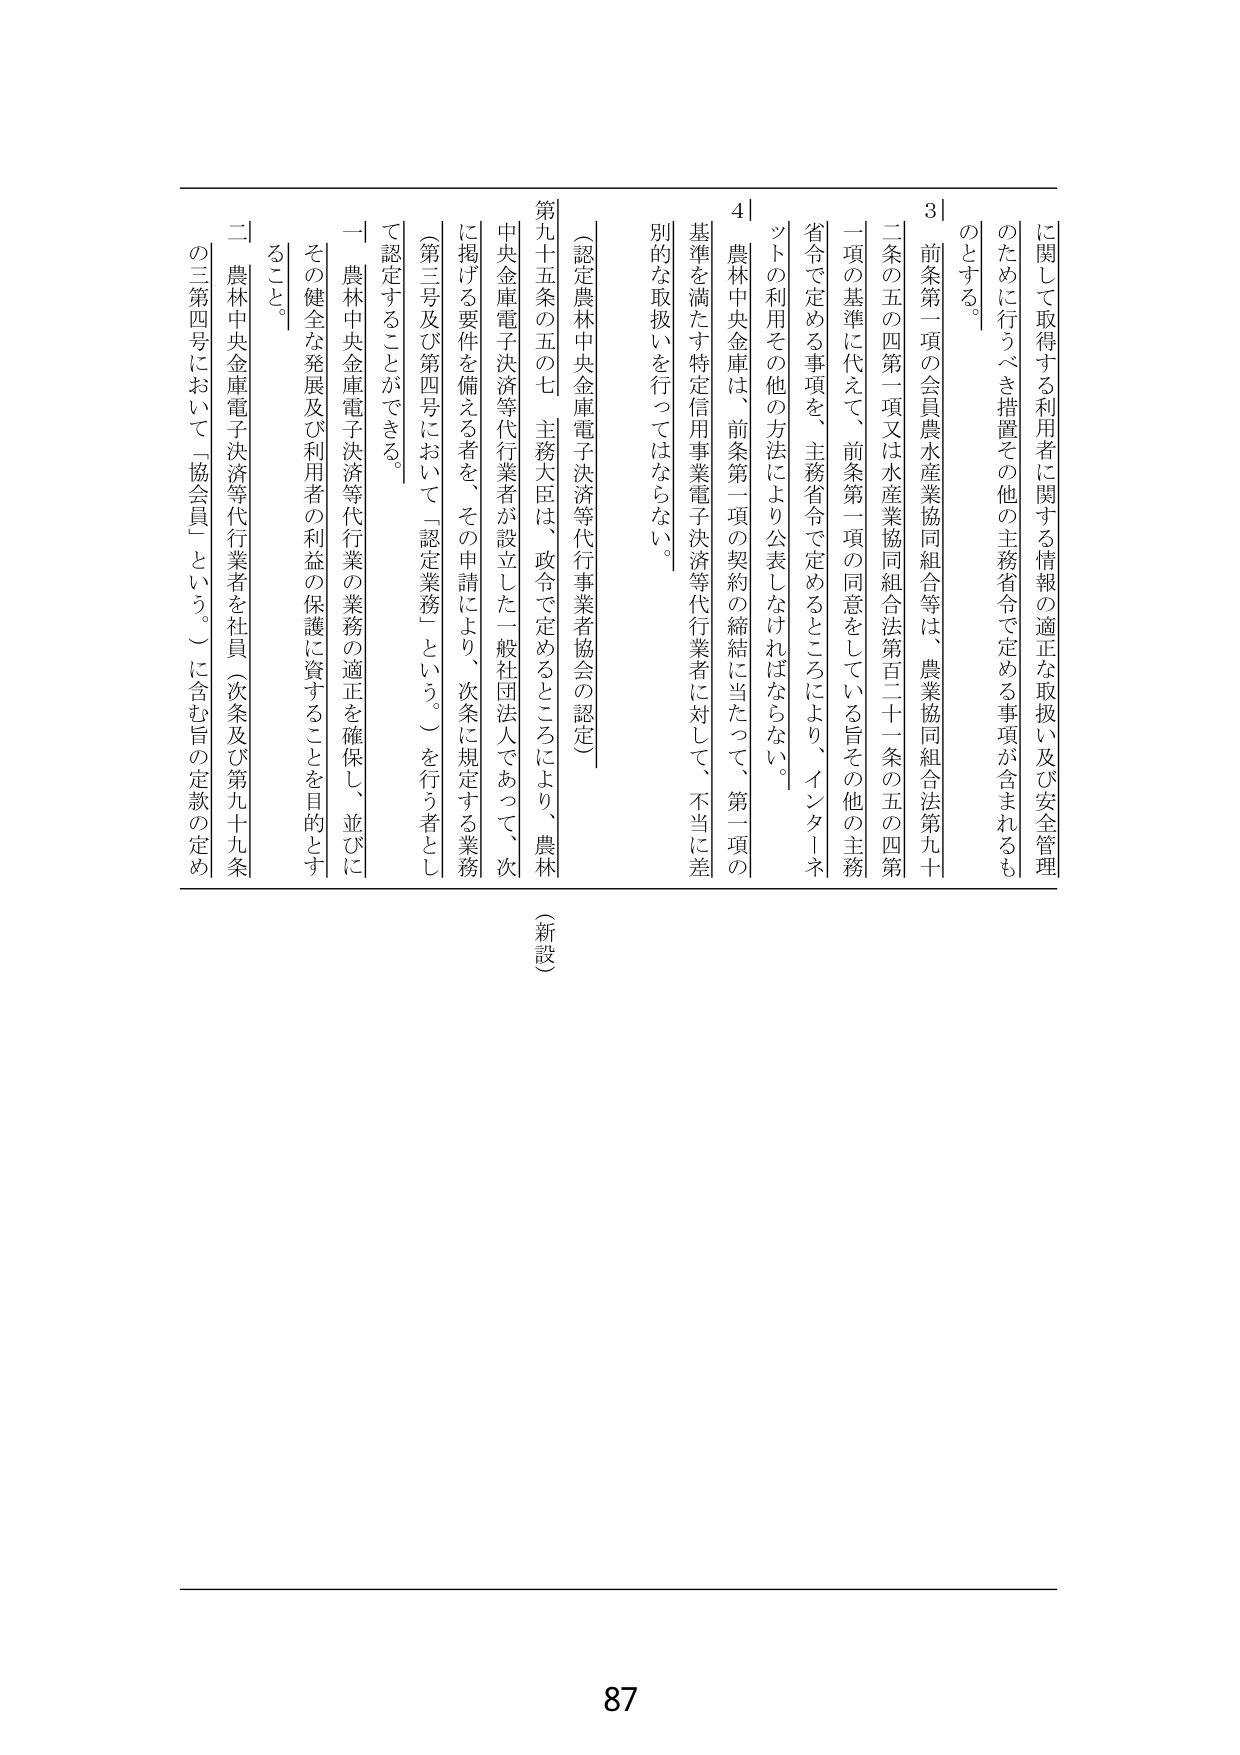
に関する利用者に関する情報の適正な取扱い及び安全管理のために行うべき措置その他の主務省令で定める事項が含まれるものとする。

3｜前条第一項の会員農水産業協同組合等は、農業協同組合法第九十二条の五の四第一項又は水産業協同組合法第百二十一条の五の四第一項の基準に代えて、前条第一項の同意をしている旨その他の主務省令で定める事項を、主務省令で定めるところにより、インターネットの利用その他の方法により公表しなければならない。

4｜農林中央金庫は、前条第一項の契約の締結に当たって、第一項の基準を満たす特定信用事業電子決済等代行業者に対して、不当に差別的な取扱いを行ってはならない。

（認定農林中央金庫電子決済等代行業者協会の認定）

第九十五条の五の七 主務大臣は、政令で定めるところにより、農林中央金庫電子決済等代行業者が設立した一般社団法人であって、次に掲げる要件を備える者を、その申請により、次条に規定する業務（第三号及び第四号において「認定業務」という。）を行う者として認定することができる。

一 農林中央金庫電子決済等代行業の業務の適正を確保し、並びにその健全な発展及び利用者の利益の保護に資することを目的とすること。

二 農林中央金庫電子決済等代行業者を社員（次条及び第九十九条の三第四号において「協会員」という。）に含む旨の定款の定め

（新設）

87